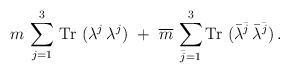
\begin{align*}m\, \sum_{j=1}^3 \, {\rm Tr}~(\lambda^j\, \lambda^j) ~+~\overline m\, \sum_{\bar j=1}^3 {\rm Tr}~(\bar \lambda^{\bar j}\, \bar \lambda^{\bar j}) \,.\end{align*}